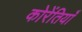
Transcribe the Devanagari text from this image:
कोरेंतियाँ